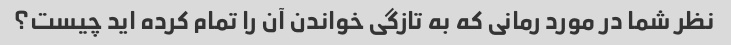
نظر شما در مورد رمانی که به تازگی خواندن آن را تمام کرده اید چیست؟